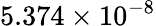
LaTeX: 5.374\times 10^{-8}